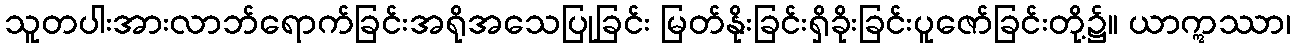
သူတပါးအားလာဘ်ရောက်ခြင်းအရိုအသေပြုခြင်း မြတ်နိုးခြင်းရှိခိုးခြင်းပူဇော်ခြင်းတို့၌။ ယာဣဿာ၊